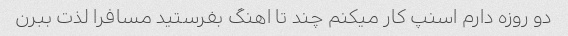
دو روزه دارم اسنپ کار میکنم چند تا اهنگ بفرستید مسافرا لذت ببرن